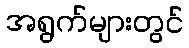
အရွက်များတွင်